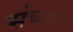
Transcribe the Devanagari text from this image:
संच्यात